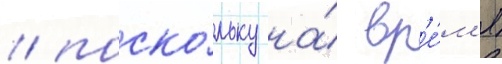
/ поско́льку на́ вр'е́м'я